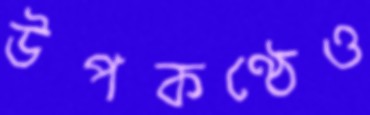
উপকণ্ঠেও